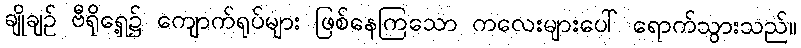
ချိုချဉ် ဗီရိုရှေ့၌ ကျောက်ရုပ်များ ဖြစ်နေကြသော ကလေးများပေါ် ရောက်သွားသည်။